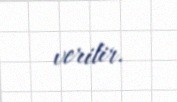
verilir.